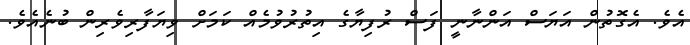
އެވެ. އެގޮތުން އަޔަސް އަންނާނީ ފަސް ރުފިޔާގެ އިތުރުވުމެއް ކަމަށް ވިޔަފާރިވެރިން ބުނެއެވެ.